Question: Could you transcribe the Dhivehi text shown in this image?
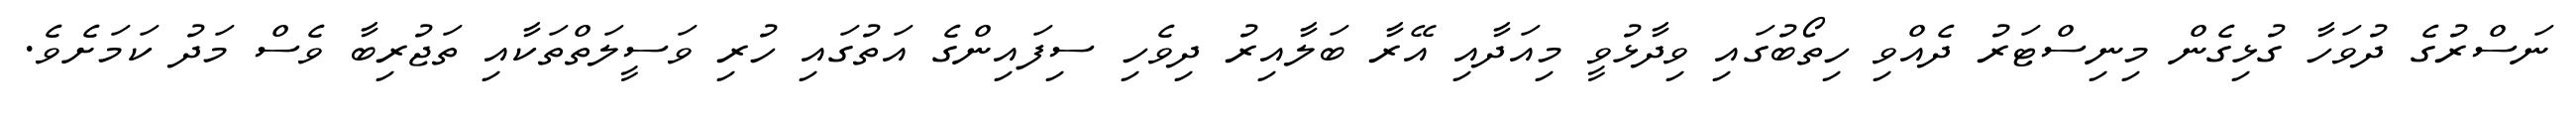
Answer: ނަސްރުގެ ދުވަހާ ގުޅިގެން މިނިސްޓަރު ދެއްވި ހިތޯބުގައި ވިދާޅުވީ މިއަދާއި އޭރާ ބަލާއިރު ދިވެހި ސިފައިންގެ އަތުގައި ހުރި ވަސީލަތްތަކާއި ތަޖުރިބާ ވެސް މަދު ކަމަށެވެ.